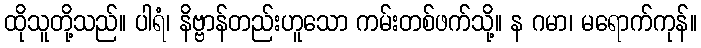
ထိုသူတို့သည်။ ပါရံ၊ နိဗ္ဗာန်တည်းဟူသော ကမ်းတစ်ဖက်သို့။ န ဂမာ၊ မရောက်ကုန်။